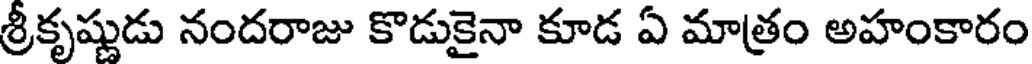
శ్రీకృష్ణుడు నందరాజు కొడుకైనా కూడ ఏ మాత్రం అహంకారం